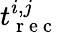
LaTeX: t_{\mathrm{~r~e~c~}}^{i,j}